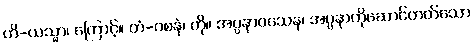
ဟိ-ယသ္မာ၊ ကြောင့်။ တံ-ဝစနံ၊ ကို။ အပ္ပနာဝသေန၊ အပ္ပနာကိုဆောင်တတ်သော